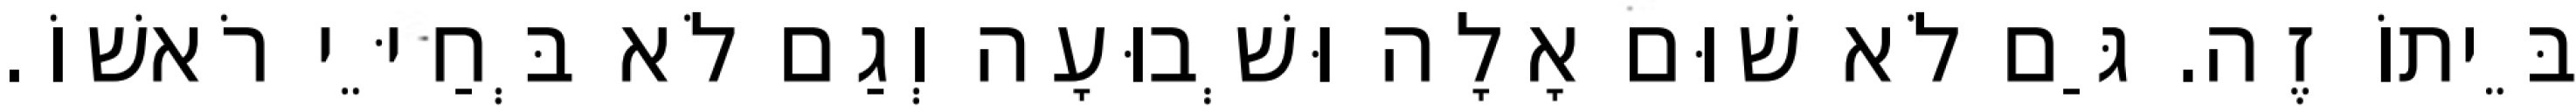
בֵּיתוֹ זֶה. גַּם לֹא שׁוּם אָלָה וּשְׁבוּעָה וְגַם לֹא בְּחַיֵּי רֹאשׁוֹ.